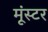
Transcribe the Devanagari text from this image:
मूंस्टर